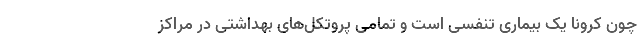
چون کرونا یک بیماری تنفسی است و تمامی پروتکل‌های بهداشتی در مراکز